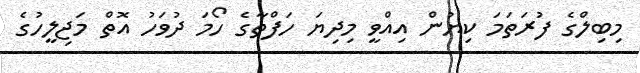
މިބިލްގެ ފުރަތަމަ ކިޔުން އިއްވީ މިދިޔަ ހަފްތާގެ ހޯމަ ދުވަހު އޮތް މަޖިލީހުގެ